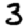
Digit: 3